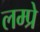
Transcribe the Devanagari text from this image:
लम्प्रे